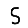
Digit: 5